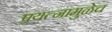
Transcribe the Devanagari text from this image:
प्रयत्नामुळेच